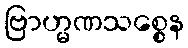
ဗြာဟ္မဏသစ္စေန